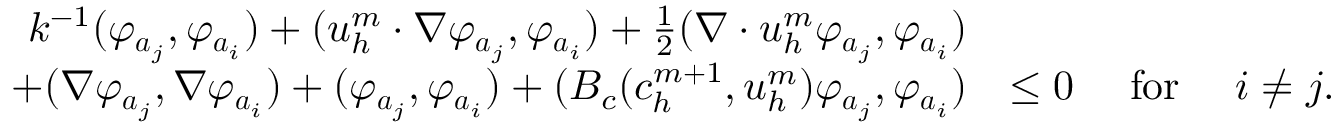
\begin{array} { r l } { k ^ { - 1 } ( \varphi _ { { \boldsymbol a } _ { j } } , \varphi _ { { \boldsymbol a } _ { i } } ) + ( { \boldsymbol u } _ { h } ^ { m } \cdot \nabla \varphi _ { { \boldsymbol a } _ { j } } , \varphi _ { { \boldsymbol a } _ { i } } ) + \frac { 1 } { 2 } ( \nabla \cdot { \boldsymbol u } _ { h } ^ { m } \varphi _ { { \boldsymbol a } _ { j } } , \varphi _ { { \boldsymbol a } _ { i } } ) } & { } \\ { + ( \nabla \varphi _ { { \boldsymbol a } _ { j } } , \nabla \varphi _ { { \boldsymbol a } _ { i } } ) + ( \varphi _ { { \boldsymbol a } _ { j } } , \varphi _ { { \boldsymbol a } _ { i } } ) + ( B _ { c } ( c _ { h } ^ { m + 1 } , { \boldsymbol u } _ { h } ^ { m } ) \varphi _ { { \boldsymbol a } _ { j } } , \varphi _ { { \boldsymbol a } _ { i } } ) } & { \le 0 \quad \mathrm { ~ f o r ~ } \quad i \not = j . } \end{array}